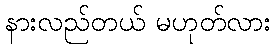
နားလည်တယ် မဟုတ်လား